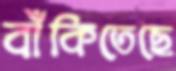
বাঁকিতেছে